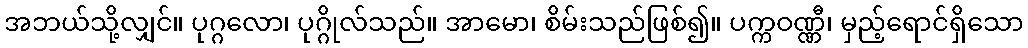
အဘယ်သို့လျှင်။ ပုဂ္ဂလော၊ ပုဂ္ဂိုလ်သည်။ အာမော၊ စိမ်းသည်ဖြစ်၍။ ပက္ကဝဏ္ဏီ၊ မှည့်ရောင်ရှိသော